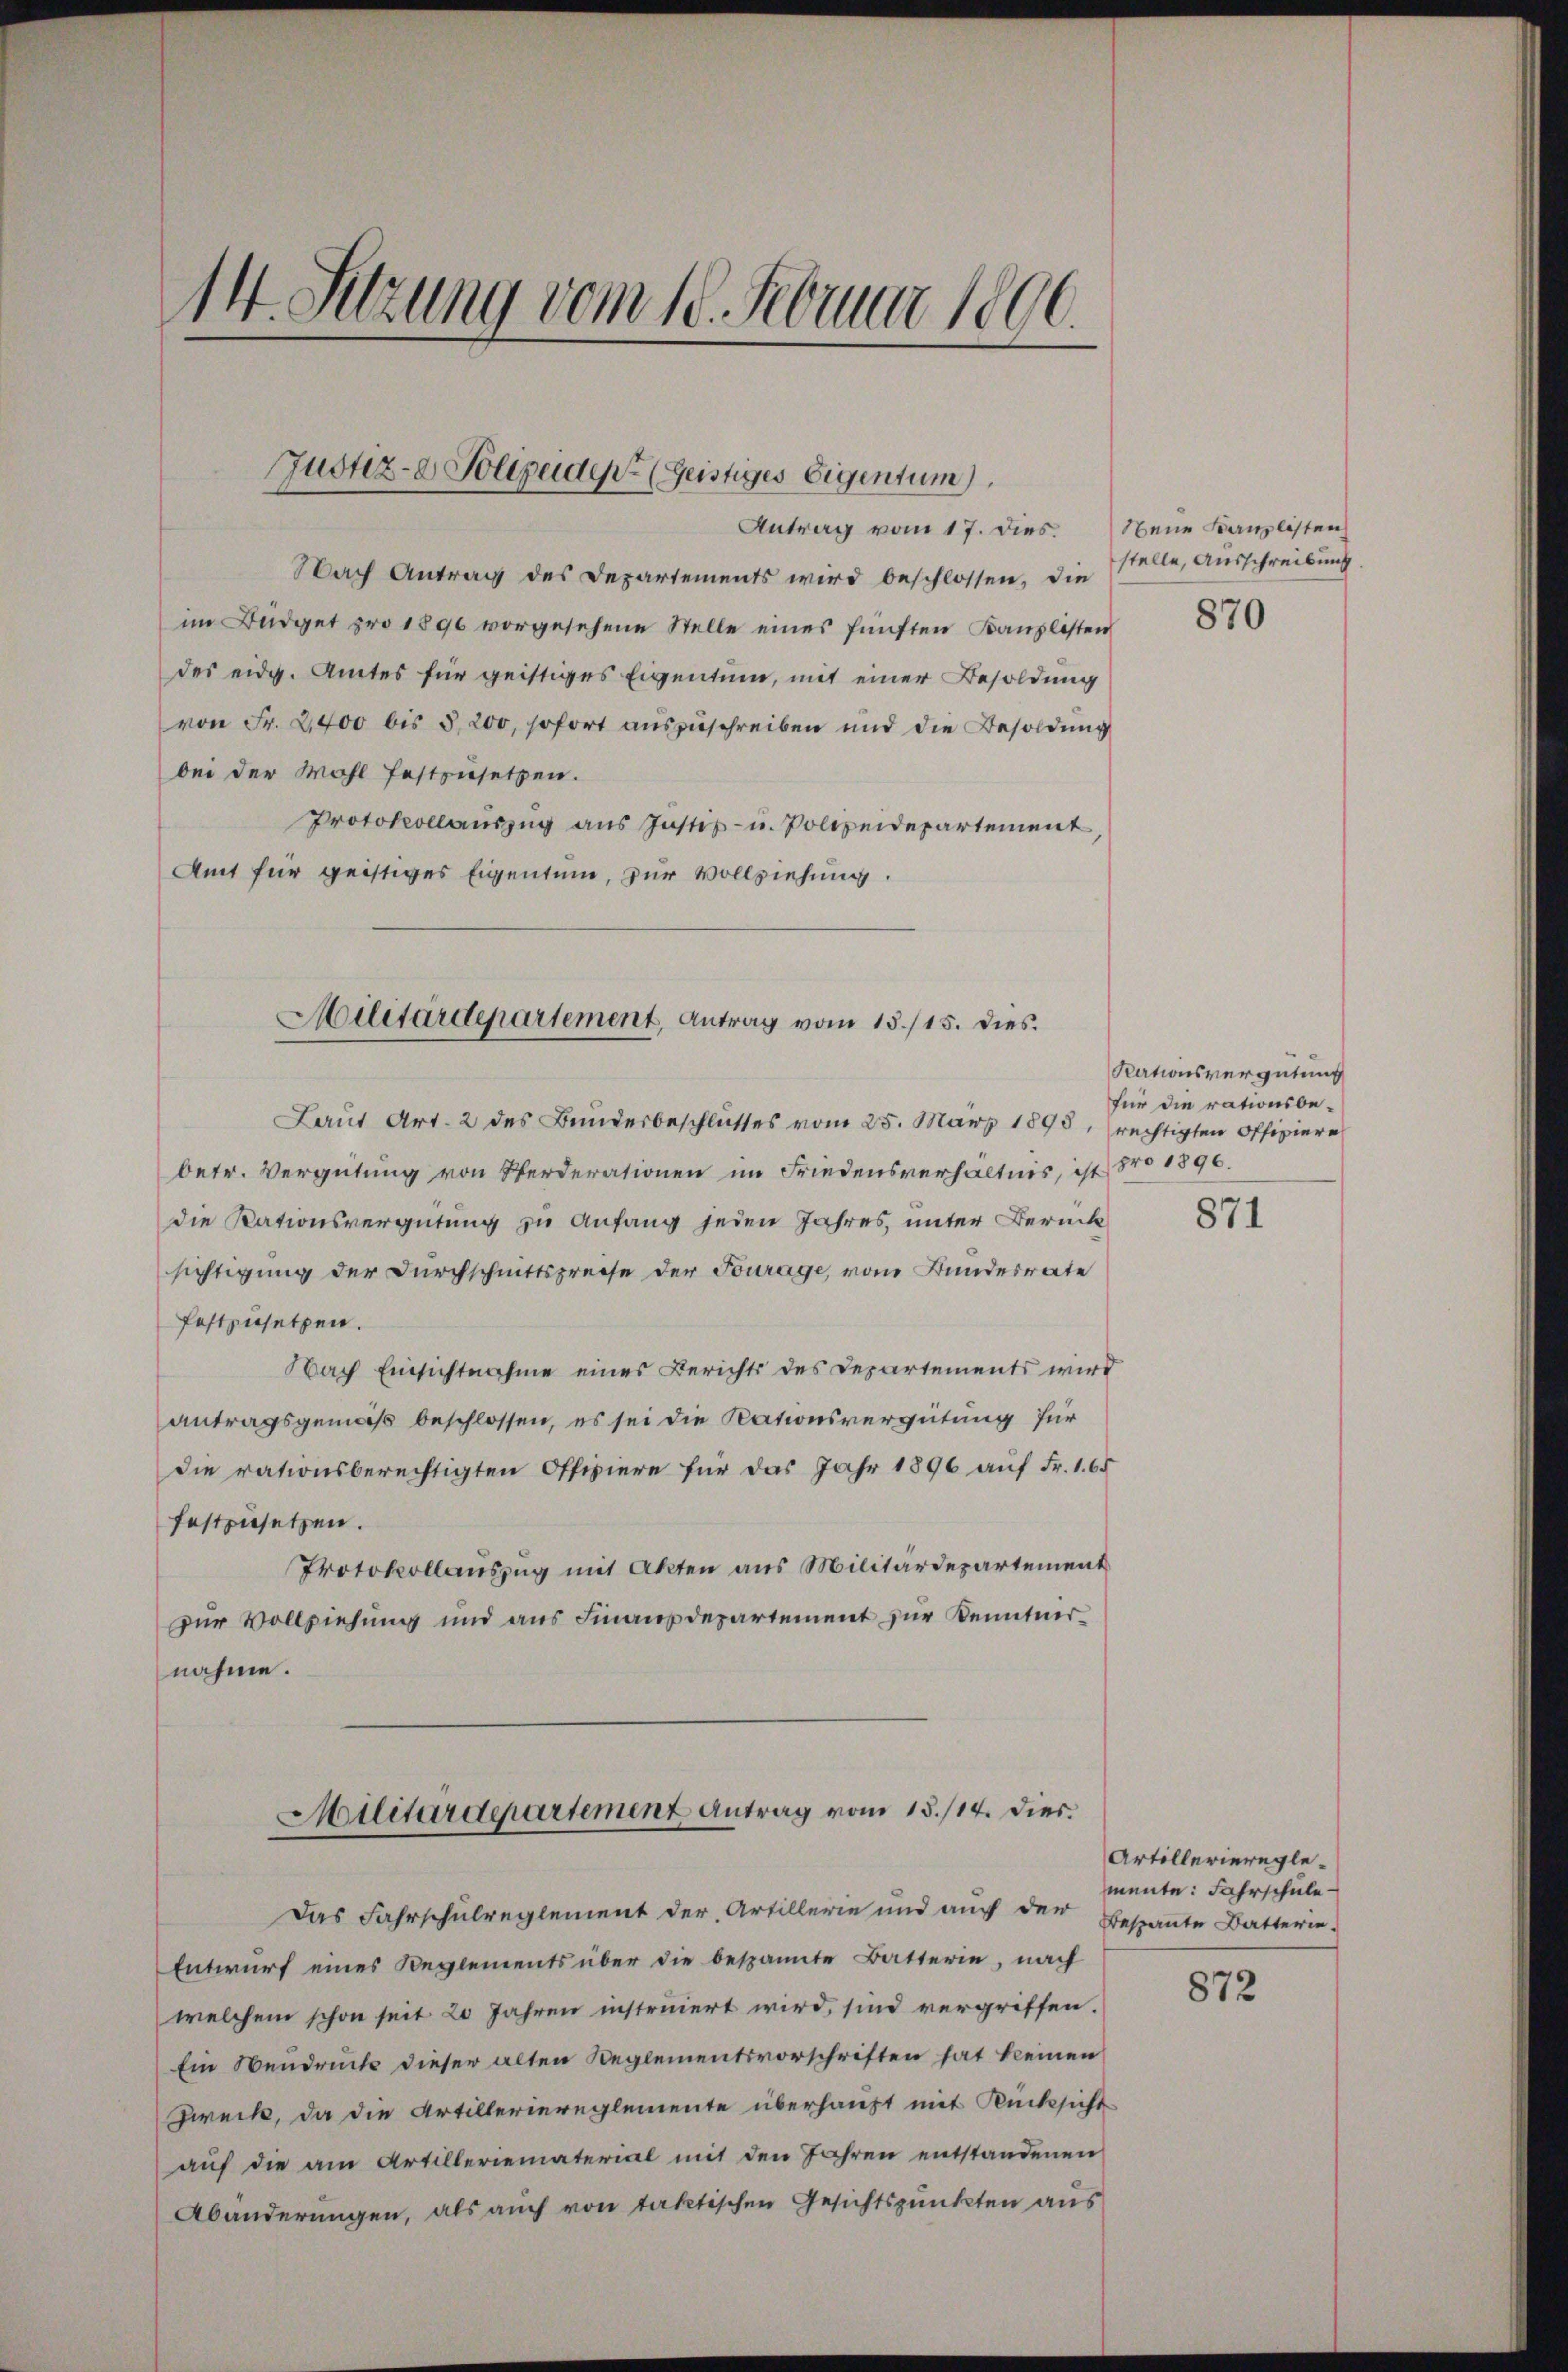
14. Sitzung vom 18. Februar 1806.

Justiz- & Polizeiden Geistiges Eigentum)

Antrag vom 17. dies. Neue Kanzlisten
Nach Antrag des Departements wird beschlossen, die
im Büdget pro 1896 vorgesehene Stelle eines fünften Kanzlisten
des eidg. Amtes für geistiges Eigentum, mit einer Besoldung
von Fr. 2,400 bis 5,200, sofort auszuschreiben und die Besoldung
bei der Wohl festzusetzen.
Protokollauszug aus Justiz- u. Polizeidepartement,
Amt für geistiges Eigentum, zur Vollziehung.
Militärdepartement, Antrag vom 15./15. dies

Laut Art. 2 des Bundesbeschlusses vom 25. März 1898, rechtigten Offiziere
betr. Vergütung von Pferderationen im Friedensverhältnis, ist pro 1890.
die Rationsvergütung zu Anfang seien Jahres, unter Berück
sichtigung der Durchschnittspreise der Fourage, vom Bundesrate
festzusetzen.
Nach Einsichtnahme eines Berichts des Departements wird
antragsgemäß beschlossen, es sei die Nationsvergütung für
die rationsberechtigten Offiziere für das Jahr 1896 auf Fr. 1. 65
festzusetzen.
Protokollauszug mit Akten aus Militärdepartement
zur Vollziehung und aus Finanzdepartement zur Kenntnernahme.

Militärdepartement Antrag vom 15./14. dies

Das Fahrschulreglement der Artillerie und auch der Bespannte Batterie-
Entwurf eines Reglements über die bespannte Batterie, nach
welchem schon seit 20 Jahren instruiert wird, sind vergriffen.
Ein Neudruck dieser alten Reglementsvorschriften hat keinen
Zweck, da die Artilleriereglemente überhaupt mit Rücksicht
auf die am Artilleriematerial mit den Jahren entstandenen
Abänderungen, als auch von taktischen Gesichtspunkten aus

stelle, Ausschreibung.

870

Rationsvergütung
für die rationsbe¬

871

Artilleriereglemente: Fahrschule

872